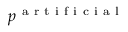
p ^ { \mathrm { ~ a ~ r ~ t ~ i ~ f ~ i ~ c ~ i ~ a ~ l ~ } }